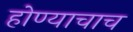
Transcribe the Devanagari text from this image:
होण्याचाच